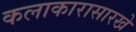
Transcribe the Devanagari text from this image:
कलाकारासारखे